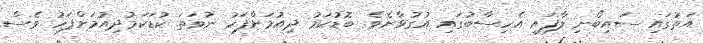
އަތުގައި ސައިބޯނި ލާފައި އެހިސާބުގައި އުގުޅާށެވެ. ބޮޑުކަމު ދިއުމަށްފަހު ނުވަތަ ކުޑަކަމުދިއުމަށްފަހު ވެސް